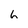
Character: 6